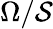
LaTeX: \Omega/\mathcal{S}